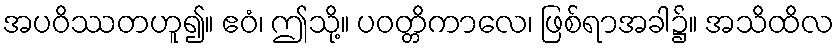
အပဝိဿတဟူ၍။ ဧဝံ၊ ဤသို့။ ပဝတ္တိကာလေ၊ ဖြစ်ရာအခါ၌။ အသိထိလ